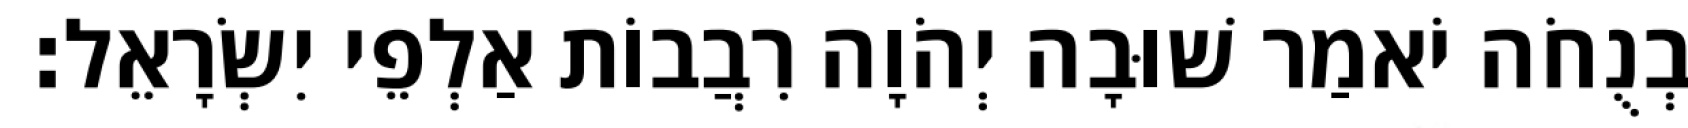
וּבְנֻחֹה יֹאמַר שׁוּבָה יְהֹוָה רִבֲבוֹת אַלְפֵי יִשְׂרָאֵל׃